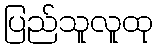
ပြည်သူလူထု